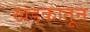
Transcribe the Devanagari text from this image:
खडकातून